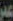
عبير